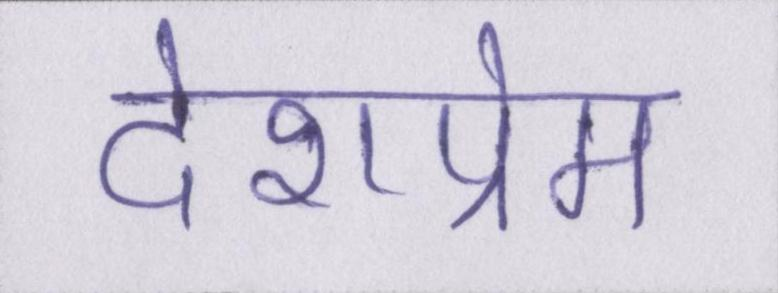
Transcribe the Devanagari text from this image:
देशप्रेम